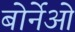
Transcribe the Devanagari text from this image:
बोर्नेओ